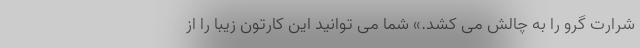
شرارت گرو را به چالش می کشد.» شما می توانید این کارتون زیبا را از